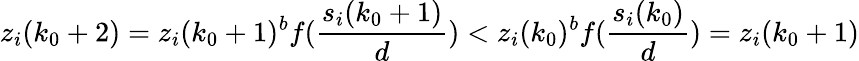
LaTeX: z_{i}(k_{0}+2)=z_{i}(k_{0}+1)^{b}f(\frac{s_{i}(k_{0}+1)}{d})<z_{i}(k_{0})^{b}f(\frac{s_{i}(k_{0})}{d})=z_{i}(k_{0}+1)